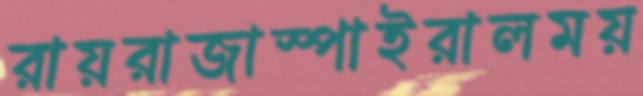
রায়রাজাস্পাইরালময়